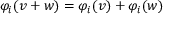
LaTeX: \varphi _ { i } ( v + w ) = \varphi _ { i } ( v ) + \varphi _ { i } ( w )